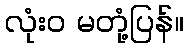
လုံးဝ မတုံ့ပြန်။